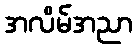
အလိမ်အညာ